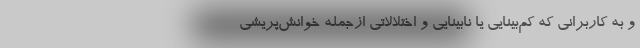
و به کاربرانی که کم‌بینایی یا نابینایی و اختلالاتی ازجمله خوانش‌پریشی